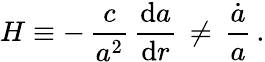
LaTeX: H\equiv-\, \frac{c}{a^{2}}\, \frac{\mathrm{d}a}{\mathrm{d}r}\, \ne\, \frac{\dot{a}}{a}\, .